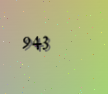
943